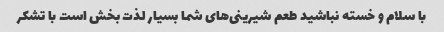
با سلام و خسته نباشید طعم شیرینی‌های شما بسیار لذت بخش است با تشکر